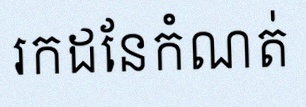
រកដែនកំណត់